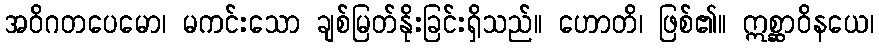
အဝိဂတပေမော၊ မကင်းသော ချစ်မြတ်နိုးခြင်းရှိသည်။ ဟောတိ၊ ဖြစ်၏။ ဣစ္ဆာဝိနယေ၊